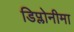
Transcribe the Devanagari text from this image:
डिप्लोनीमा